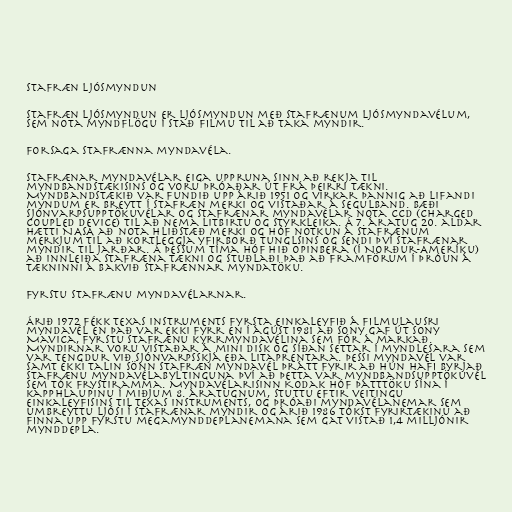
Stafræn ljósmyndun

Stafræn ljósmyndun er ljósmyndun með stafrænum ljósmyndavélum,
sem nota myndflögu í stað filmu til að taka myndir.

Forsaga stafrænna myndavéla.

Stafrænar myndavélar eiga uppruna sinn að rekja til
myndbandstækisins og voru þróaðar út frá þeirri tækni.
Myndbandstækið var fundið upp árið 1951 og virkar þannig að lifandi
myndum er breytt í stafræn merki og vistaðar á segulband. Bæði
sjónvarpsupptökuvélar og stafrænar myndavélar nota CCD (Charged
Coupled Device) til að nema litbirtu og styrkleika. Á 7. áratug 20. aldar
hætti NASA að nota hliðstæð merki og hóf notkun á stafrænum
merkjum til að kortleggja yfirborð tunglsins og sendi því stafrænar
myndir til jarðar. Á þessum tíma hóf hið opinbera (í Norður-Ameríku)
að innleiða stafræna tækni og stuðlaði það að framförum í þróun á
tækninni á bakvið stafrænnar mynda­töku.

Fyrstu stafrænu myndavélarnar.

Árið 1972 fékk Texas Instruments fyrsta einkaleyfið á filmulausri
myndavél en það var ekki fyrr en í ágúst 1981 að Sony gaf út Sony
Mavica, fyrstu stafrænu kyrrmyndavélina sem fór á markað.
Myndirnar voru vistaðar á mini disk og síðan settar í myndlesara sem
var tengdur við sjónvarpsskjá eða litaprentara. Þessi myndavél var
samt ekki talin sönn stafræn myndavél þrátt fyrir að hún hafi byrjað
stafrænu myndavélabyltinguna því að þetta var myndbandsupptökuvél
sem tók frystiramma. Myndavélarisinn Kodak hóf þátttöku sína í
kapphlaupinu í miðjum 8. áratugnum, stuttu eftir veitingu
einkaleyfisins til Texas Instruments, og þróaði myndavélanemar sem
umbreyttu ljósi í stafrænar myndir og árið 1986 tókst fyrirtækinu að
finna upp fyrstu megamynddeplanemana sem gat vistað 1,4 milljónir
mynddepla.